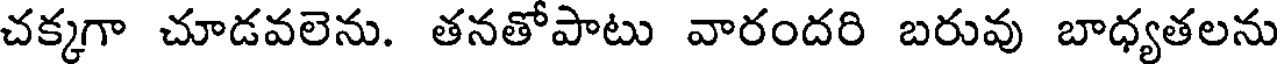
చక్కగా చూడవలెను. తనతోపాటు వారందరి బరువు బాధ్యతలను